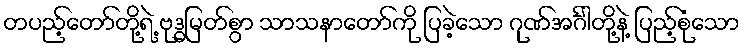
တပည့်တော်တို့ရဲ့ ဗုဒ္ဓမြတ်စွာ သာသနာတော်ကို ပြခဲ့သော ဂုဏ်အင်္ဂါတို့နဲ့ ပြည့်စုံသော